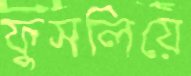
ফুসলিয়ে